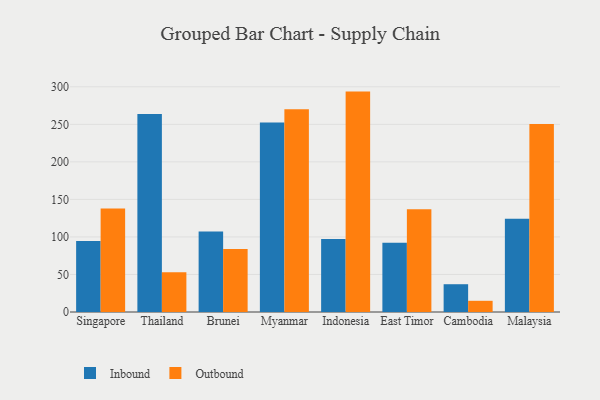
{"axis": {"x": "Country", "y": "Gross Profit (USD K)"}, "legend": ["Inbound", "Outbound"], "data": [{"x": "Singapore", "y": 94.7, "type": "Inbound"}, {"x": "Singapore", "y": 137.8, "type": "Outbound"}, {"x": "Thailand", "y": 263.7, "type": "Inbound"}, {"x": "Thailand", "y": 53.0, "type": "Outbound"}, {"x": "Brunei", "y": 107.4, "type": "Inbound"}, {"x": "Brunei", "y": 83.9, "type": "Outbound"}, {"x": "Myanmar", "y": 252.4, "type": "Inbound"}, {"x": "Myanmar", "y": 270.0, "type": "Outbound"}, {"x": "Indonesia", "y": 97.2, "type": "Inbound"}, {"x": "Indonesia", "y": 293.6, "type": "Outbound"}, {"x": "East Timor", "y": 92.2, "type": "Inbound"}, {"x": "East Timor", "y": 137.0, "type": "Outbound"}, {"x": "Cambodia", "y": 37.0, "type": "Inbound"}, {"x": "Cambodia", "y": 14.9, "type": "Outbound"}, {"x": "Malaysia", "y": 124.3, "type": "Inbound"}, {"x": "Malaysia", "y": 250.6, "type": "Outbound"}]}